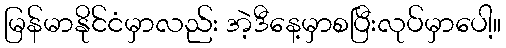
မြန်မာနိုင်ငံမှာလည်း အဲ့ဒီနေ့မှာစပြီးလုပ်မှာပေါ့။